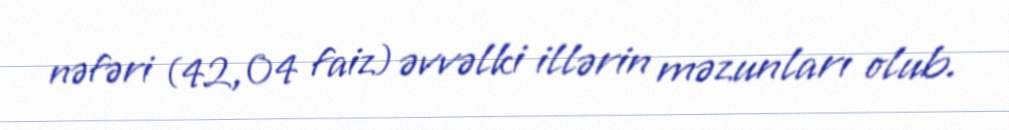
nəfəri (42,04 faiz) əvvəlki illərin məzunları olub.